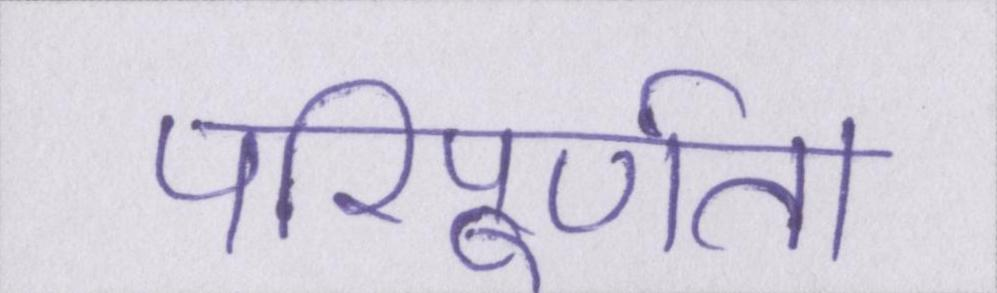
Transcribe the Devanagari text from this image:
परिपूर्णता